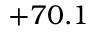
+ 7 0 . 1